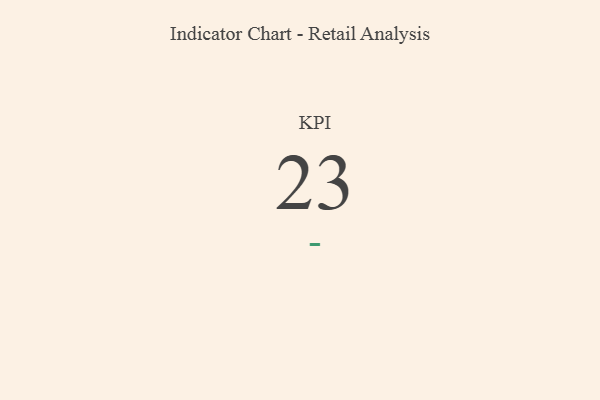
{"axis": {"x": "KPI", "y": "Value"}, "legend": [""], "data": [{"x": "KPI", "y": 23, "type": ""}]}